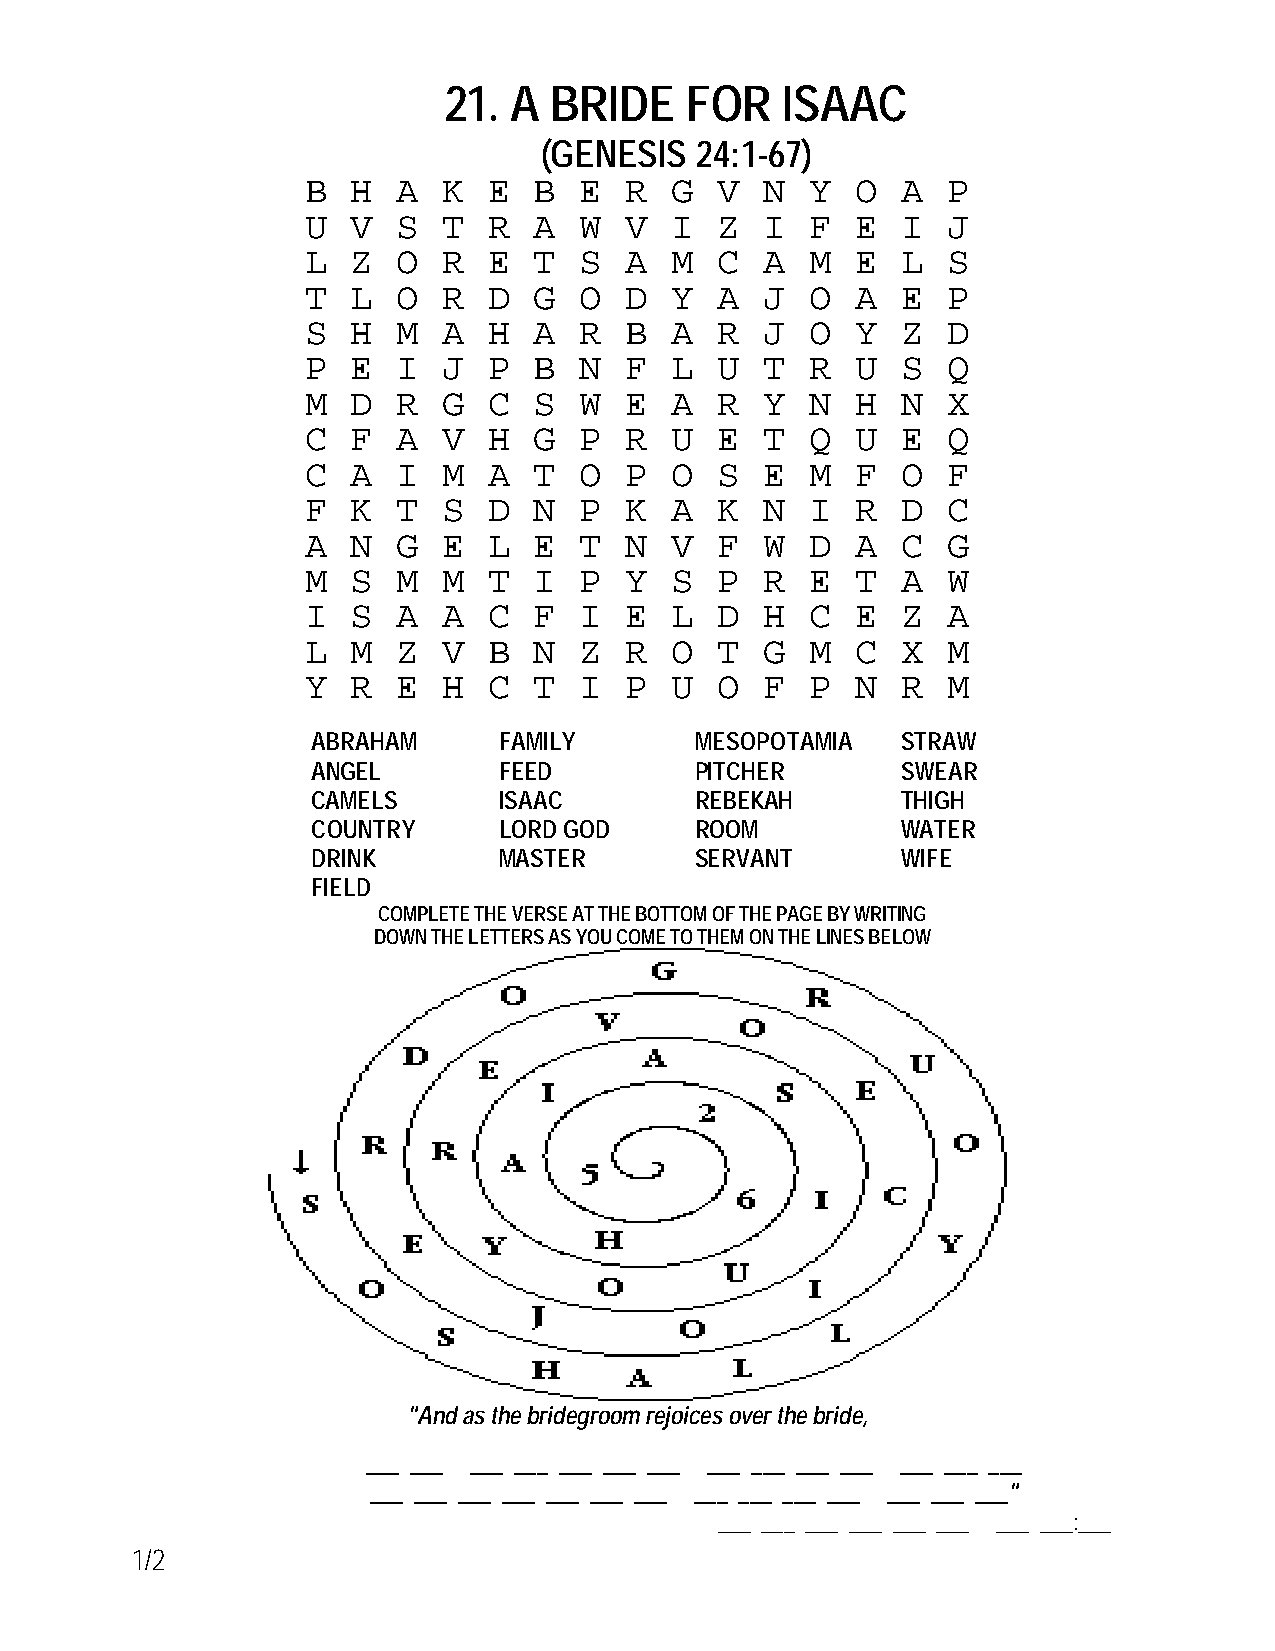
21.  A BRIDE    FOR    ISAAC
 (GENESIS  24:1-67)
 B  H  A  K  E  B  E  R  G   V  N  Y  O  A  P
 U  V  S  T  R  A  W  V  I   Z  I  F  E  I  J
 L  Z  O  R  E  T  S  A  M   C  A  M  E  L  S
 T  L  O  R  D  G  O  D  Y   A  J  O  A  E  P
 S  H  M  A  H  A  R  B  A   R  J  O  Y  Z  D
 P  E  I  J  P  B  N  F  L   U  T  R  U  S  Q
 M  D  R  G  C  S  W  E  A   R  Y  N  H  N  X
 C  F  A  V  H  G  P  R  U   E  T  Q  U  E  Q
 C  A  I  M  A  T  O  P  O   S  E  M  F  O  F
 F  K  T  S  D  N  P  K  A   K  N  I  R  D  C
 A  N  G  E  L  E  T  N  V   F  W  D  A  C  G
 M  S  M  M  T  I  P  Y  S   P  R  E  T  A  W
 I  S  A  A  C  F  I  E  L   D  H  C  E  Z  A
 L  M  Z  V  B  N  Z  R  O   T  G  M  C  X  M
 Y  R  E  H  C  T  I  P  U   O  F  P  N  R  M
 ABRAHAM     FAMILY       MESOPOTAMIA   STRAW
 ANGEL       FEED         PITCHER       SWEAR
 CAMELS      ISAAC        REBEKAH       THIGH
 COUNTRY     LORD GOD     ROOM          WATER
 DRINK       MASTER       SERVANT       WIFE
 FIELD
 COMPLETE THE VERSE AT THE BOTTOM OF THE PAGE BY WRITING
 DOWN THE LETTERS AS YOU COME TO THEM ON THE LINES BELOW
 "And as the bridegroom rejoices over the bride,
 ___ ___ ___ ___ ___ ___ ___ ___ ___ ___ ___ ___ ___ ___
 ___ ___ ___ ___ ___ ___ ___ ___ ___ ___ ___ ___ ___ ___"
 ___ ___ ___ ___ ___ ___ ___ ___:___
 1/2